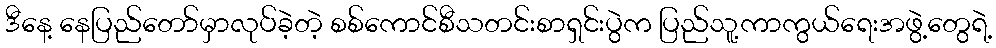
ဒီနေ့ နေပြည်တော်မှာလုပ်ခဲ့တဲ့ စစ်ကောင်စီသတင်းစာရှင်းပွဲက ပြည်သူ့ကာကွယ်ရေးအဖွဲ့တွေရဲ့